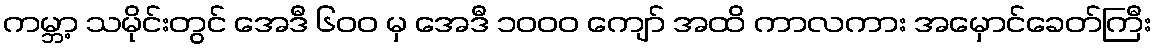
ကမ္ဘာ့ သမိုင်းတွင် အေဒီ ၆၀၀ မှ အေဒီ ၁၀၀၀ ကျော် အထိ ကာလကား အမှောင်ခေတ်ကြီး